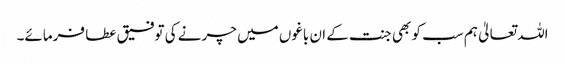
اللہ تعالیٰ ہم سب کو بھی جنت کے ان باغوں میں چرنے کی توفیق عطا فرمائے۔